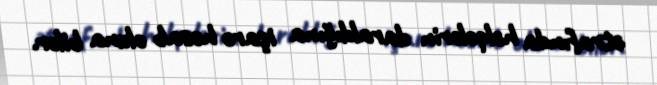
ətrafında həlqələrin daraldığına işarə hesab oluna bilər.